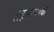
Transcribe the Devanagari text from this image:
लहानग्यांचा